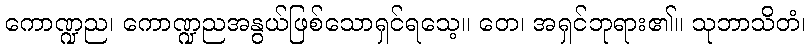
ကောဏ္ဍည၊ ကောဏ္ဍညအနွယ်ဖြစ်သောရှင်ရသေ့။ တေ၊ အရှင်ဘုရား၏။ သုဘာသိတံ၊